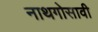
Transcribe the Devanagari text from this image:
नाथगोसावी